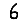
Digit: 6